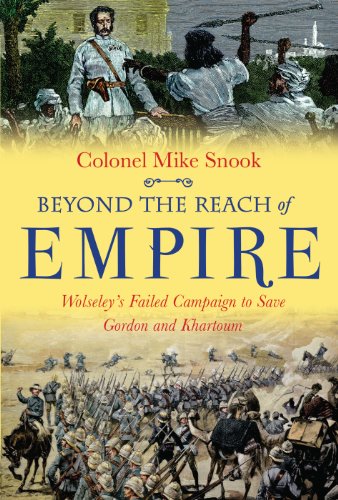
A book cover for Beyond the Reach of Empire: Wolseley's Failed Campaign to Save Gordon and Khartoum; Mike Snook; History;